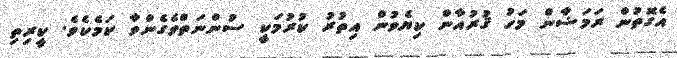
އެގޮތުން ރަމަޟާން މަހު ޤުރުއާން ކިޔެވުން އިތުރު ކުރުމަކީ ސުންނަތްވެގެންވާ ކަމެކެވެ. ކީރިތި